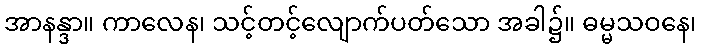
အာနန္ဒာ။ ကာလေန၊ သင့်တင့်လျောက်ပတ်သော အခါ၌။ ဓမ္မသဝနေ၊